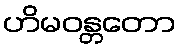
ဟိမဝန္တတော